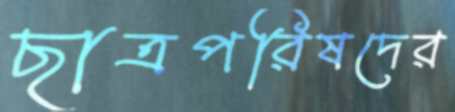
ছাত্রপরিষদের